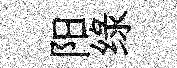
阳绿